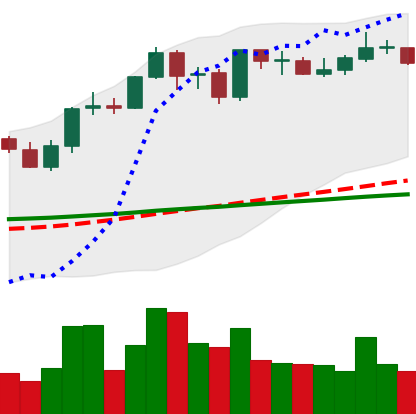
Ticker: ADA-USD
Chart end date: 2021-09-04
Forward return: -11.125%
Label: down_7plus